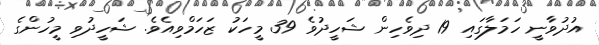
އުދުވާނީ ހަމަލާގައި 19 ދިވެހިން ޝަހީދުވެ 39 މީހަކު ޒަހަމްވިއެވެ. ޝަހީދުވި މީހުންގެ